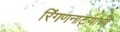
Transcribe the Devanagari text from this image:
रिंगणनाट्याची